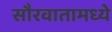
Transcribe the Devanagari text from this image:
सौरवातामध्ये